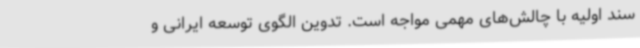
سند اولیه با چالش‌های مهمی مواجه است. تدوین الگوی توسعه ایرانی و